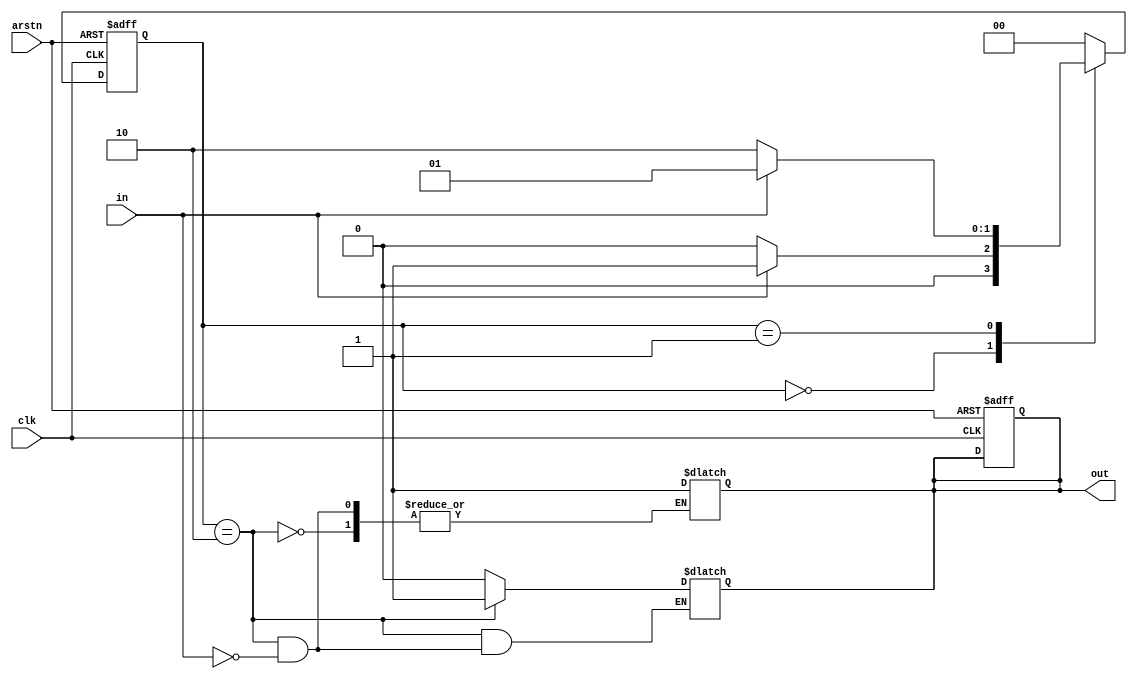
`timescale 1ns / 1ps
module mealy_fsm #(parameter s0=2'b00, s1=2'b01, s2= 2'b10)(
    input clk, arstn,in,
    output reg out
    );
    reg [1:0]current_state, next_state;
    
    //state transition 
    always @(posedge clk, negedge arstn)
    begin
        if(~arstn)begin
            current_state <= s0;
            out<=1'b0;end
         else current_state <= next_state;   
    end
    
    //next state logic
    always @(*)
    begin
        case(current_state)
        s0: if(in==1)
                next_state =s1;
                else next_state = s0;
         
        s1: if(in==0)
                next_state = s2;
                else next_state = s1;
         
        s2:if(in==1)begin
                next_state = s0;
                out<=1'b1;
                end else next_state=s0;
         default: next_state=s0;       
                
       endcase       
    end
    
    //output logic
    always@(*)
    begin
        case(current_state)
            s0: out =1'b0;
            s1: out= 1'b0;
            s2: if(in==1)
                    out=1'b1;
            default: out=1'hz;        
        endcase
    end
    
endmodule